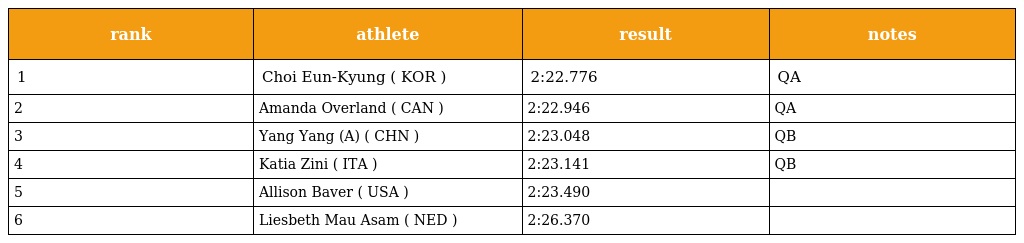
| rank | athlete | result | notes |
 | --- | --- | --- | --- |
 | 1 | Choi Eun-Kyung ( KOR ) | 2:22.776 | QA |
 | 2 | Amanda Overland ( CAN ) | 2:22.946 | QA |
 | 3 | Yang Yang (A) ( CHN ) | 2:23.048 | QB |
 | 4 | Katia Zini ( ITA ) | 2:23.141 | QB |
 | 5 | Allison Baver ( USA ) | 2:23.490 |  |
 | 6 | Liesbeth Mau Asam ( NED ) | 2:26.370 |  |